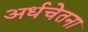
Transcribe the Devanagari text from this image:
अर्धचेतना